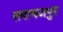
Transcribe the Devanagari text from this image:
सवायजपुर